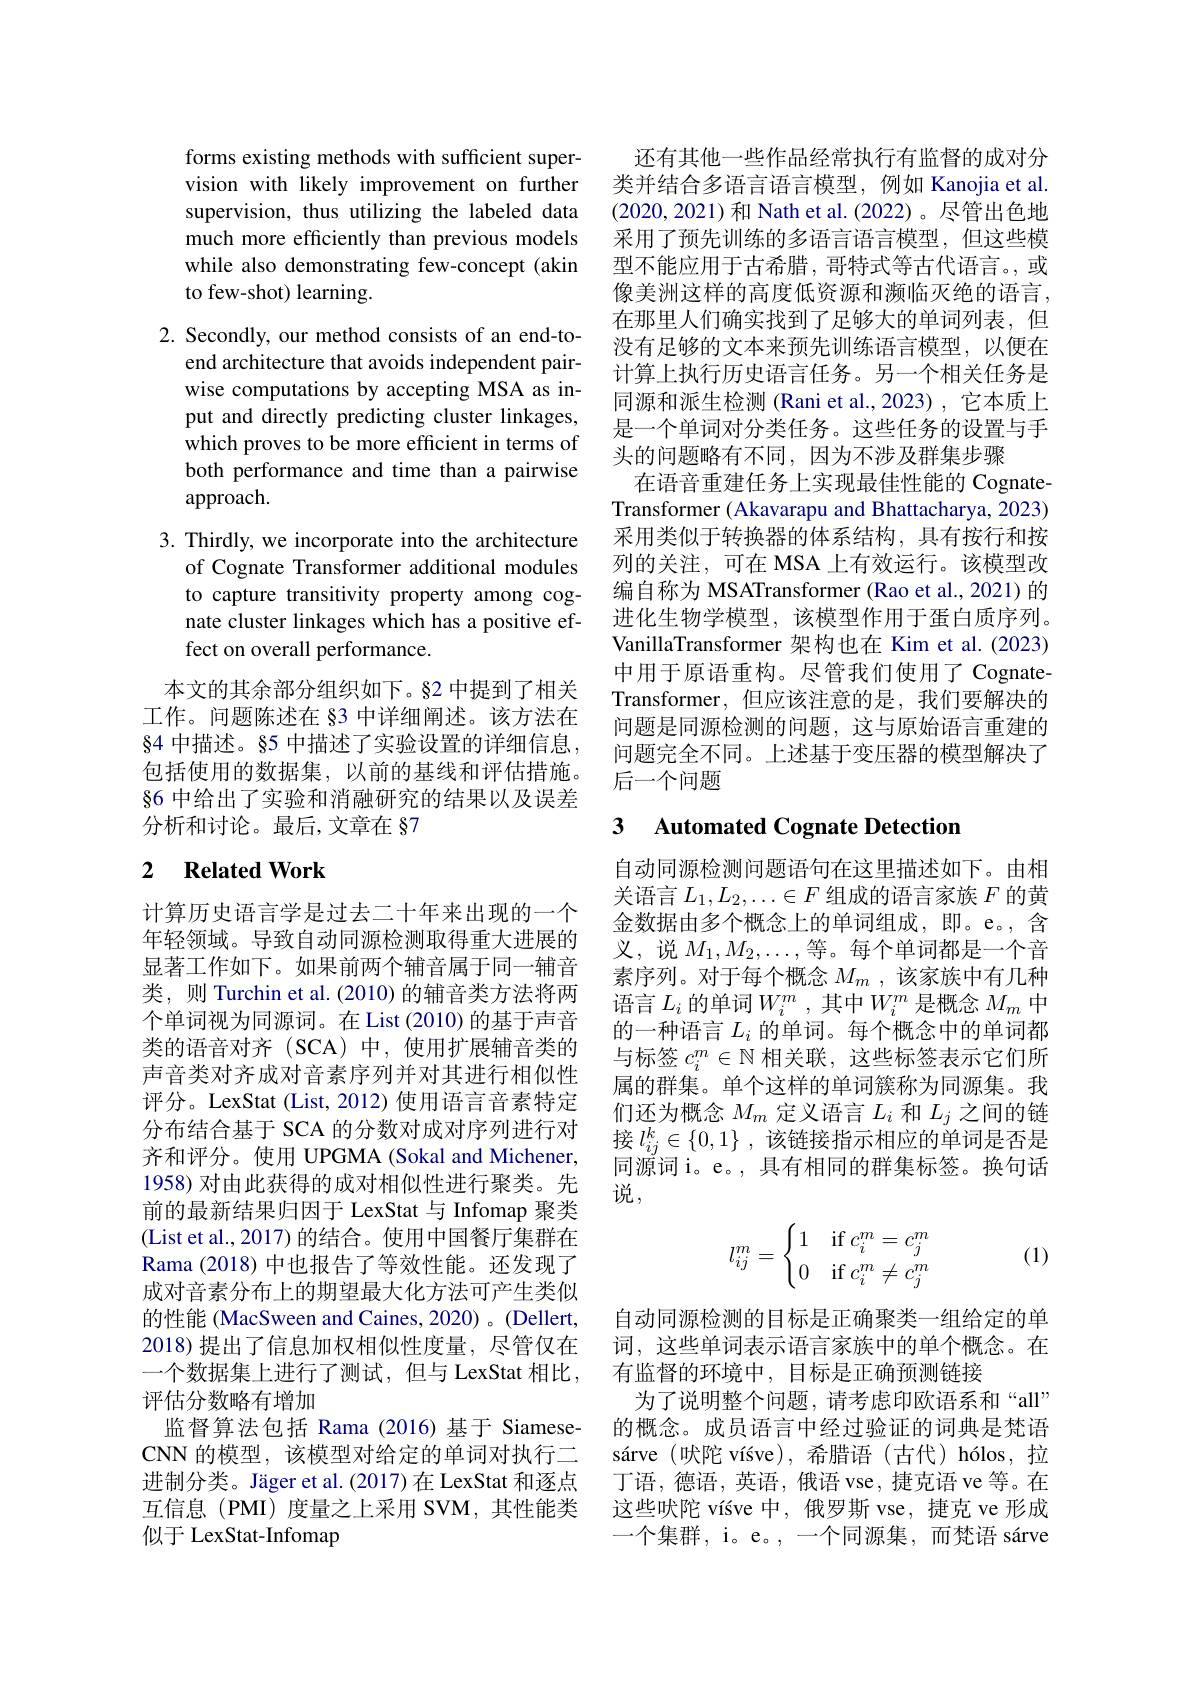
forms existing methods with sufficient supervision with likely improvement on further supervision, thus utilizing the labeled data much more efficiently than previous models while also demonstrating few-concept (akin to few-shot) learning.

2. Secondly, our method consists of an end-to-
end architecture that avoids independent pairwise computations by accepting MSA as input and directly predicting cluster linkages, which proves to be more efficient in terms of both performance and time than a pairwise approach.

3. Thirdly, we incorporate into the architecture
of Cognate Transformer additional modules to capture transitivity property among cognate cluster linkages which has a positive effect on overall performance.

本文的其余部分组织如下。§2 中提到了相关工作。问题陈述在 §3 中详细阐述。该方法在§4 中描述。§5 中描述了实验设置的详细信息$s$ 包括使用的数据集，以前的基线和评估措施。§6 中给出了实验和消融研究的结果以及误差分析和讨论。最后，文章在 §7

## 2 Related Work

计算历史语言学是过去二十年来出现的一个年轻领域。导致自动同源检测取得重大进展的显著工作如下。如果前两个辅音属于同一辅音类，则 Turchin et al. (2010) 的辅音类方法将两个单词视为同源词。在 List (2010) 的基于声音类的语音对齐(SCA)中，使用扩展辅音类的声音类对齐成对音素序列并对其进行相似性评分。LexStat (List, 2012) 使用语言音素特定分布结合基于 SCA 的分数对成对序列进行对齐和评分。使用 UPGMA (Sokal and Michener, 1958) 对由此获得的成对相似性进行聚类。先前的最新结果归因于 LexStat 与 Infomap 聚类(List et al., 2017) 的结合。使用中国餐厅集群在Rama (2018) 中也报告了等效性能。还发现了成对音素分布上的期望最大化方法可产生类似的性能 (MacSween and Caines, 2020) 。(Dellert, 2018)提出了信息加权相似性度量，尽管仅在一个数据集上进行了测试，但与 LexStat 相比， 评估分数略有增加
监督算法包括 Rama(2016)基于 SiameseCNN 的模型，该模型对给定的单词对执行二进制分类。Jäger et al.(2017)在 LexStat 和逐点互信息(PMI)度量之上采用 SVM,其性能类似于 LexStat-Infomap

还有其他一些作品经常执行有监督的成对分类并结合多语言语言模型，例如 Kanojia et al. (2020,2021)和 Nath et al.(2022)。尽管出色地采用了预先训练的多语言语言模型，但这些模型不能应用于古希腊，哥特式等古代语言。或像美洲这样的高度低资源和濒临灭绝的语言， 在那里人们确实找到了足够大的单词列表，但没有足够的文本来预先训练语言模型，以便在计算上执行历史语言任务。另一个相关任务是同源和派生检测 (Rani et al.,2023) ,它本质上是一个单词对分类任务。这些任务的设置与手头的问题略有不同，因为不涉及群集步骤
在语音重建任务上实现最佳性能的 CognateTransformer (Akavarapu and Bhattacharya, 2023) 采用类似于转换器的体系结构，具有按行和按列的关注，可在 MSA 上有效运行。该模型改编自称为 MSATransformer (Rao et al., 2021) 的进化生物学模型，该模型作用于蛋白质序列。VanillaTransformer 架构也在 Kim et al. (2023) 中用于原语重构。尽管我们使用了 CognateTransformer,但应该注意的是，我们要解决的问题是同源检测的问题，这与原始语言重建的问题完全不同。上述基于变压器的模型解决了后一个问题

### 3 Automated Cognate Detection

自动同源检测问题语句在这里描述如下。由相关语言$L_1,L_2,\ldots\in F$组成的语言家族$F$的黄金数据由多个概念上的单词组成，即。e。,含义，说$M_1,M_2,\ldots$,等。每个单词都是一个音素序列。对于每个概念$M_m$ , 该家族中有几种语言$L_i$的单词$W_i^m$ ,其中$W_i^m$是概念$M_m$中的一种语言$L_i$的单词。每个概念中的单词都与标签$c_i^m\in\mathbb{N}$相关联，这些标签表示它们所属的群集。单个这样的单词簇称为同源集。我们还为概念$M_m$定义语言$L_i$和$L_j$之间的链接$l_{ij}^k\in\{0,1\}$,该链接指示相应的单词是否是同源词 i。e。,具有相同的群集标签。换句话说，
$$l_{ij}^m=\begin{cases}1&\text{if}\:c_i^m=c_j^m\\0&\text{if}\:c_i^m\neq c_j^m\end{cases}$$
(1)

自动同源检测的目标是正确聚类一组给定的单词，这些单词表示语言家族中的单个概念。在有监督的环境中，目标是正确预测链接
为了说明整个问题，请考虑印欧语系和“all” 的概念。成员语言中经过验证的词典是梵语sárve (吠陀 víśve), 希腊语(古代) hólos, 拉丁语，德语，英语，俄语 vse, 捷克语 ve 等。在这些吠陀 víśve 中，俄罗斯 vse, 捷克 ve 形成一个集群，i。e。,一个同源集，而梵语 sárve